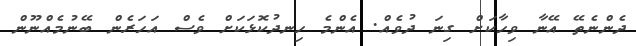
ދެންނެތޭ އޭނާ ވިހާކަށް ގިނަ ދުވެއް. އެންމެ ހިނދުކޮޅަކަށް ވެސް އަހަރެން ބޭނުމެއްނޫން